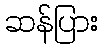
ဆန်ပြား